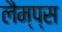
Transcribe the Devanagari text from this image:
लैम्प्स